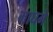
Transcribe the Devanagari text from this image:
माघमे